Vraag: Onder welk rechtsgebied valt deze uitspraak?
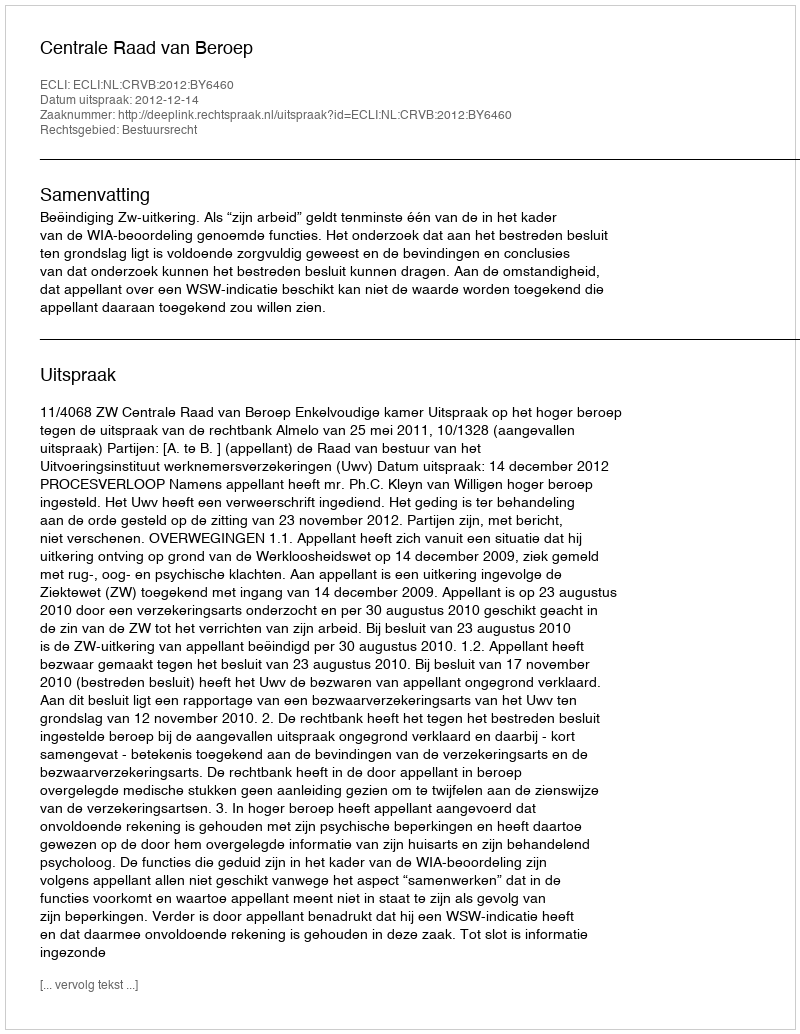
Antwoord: Bestuursrecht